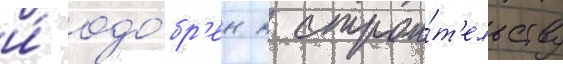
и́ одо́бр'ен к строи́т'ельству